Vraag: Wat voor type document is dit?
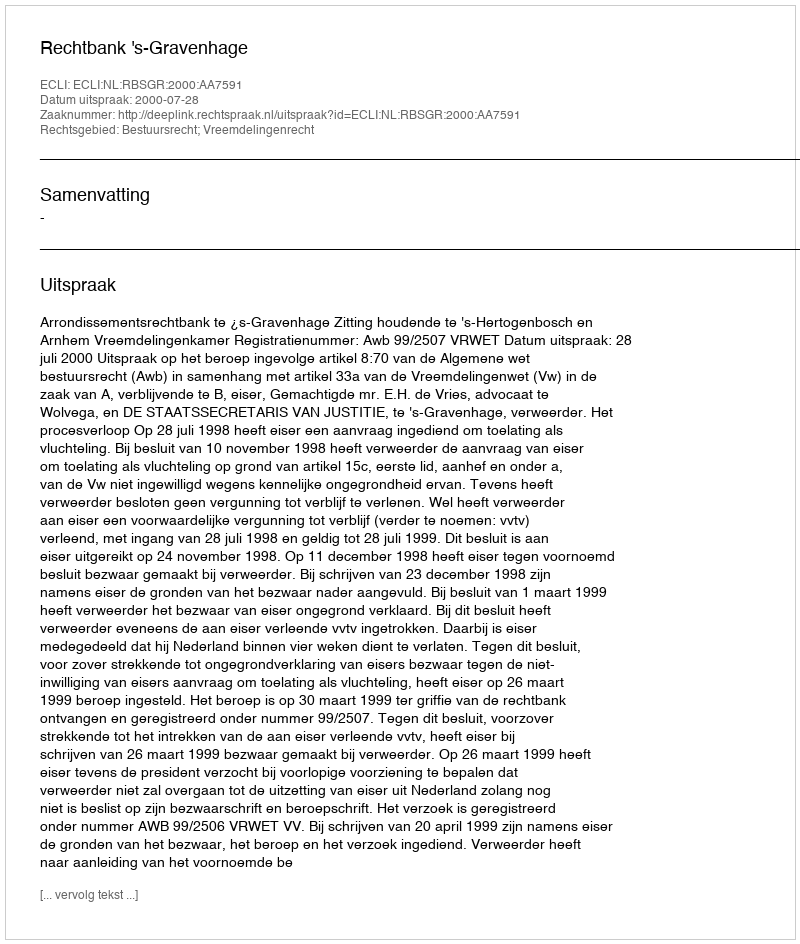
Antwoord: Uitspraak